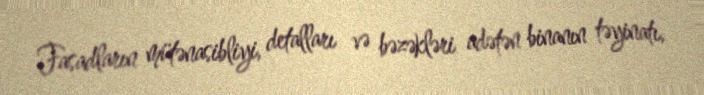
Fasadların mütənasibliyi, detalları və bəzəkləri adətən binanın təyinatı,